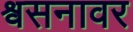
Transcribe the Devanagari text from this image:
श्वसनावर